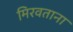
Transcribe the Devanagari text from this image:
मिरवताना